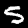
Label: 5